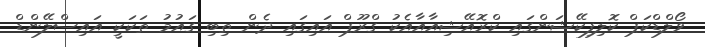
ވޯލްޑްކަޕް ކޮލިފިކޭޝަންގައި ކްރޮއޭޝިއާއާއެކު ގްރޫޕް އައިގައި ދެން ތިބި ގައުމު ތަކަކީ އައިސްލޭންޑް